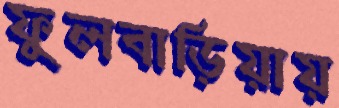
ফুলবাড়িয়ায়